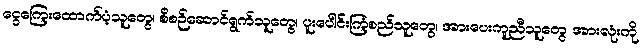
ငွေကြေးထောက်ပံ့သူတွေ၊ စီစဉ်ဆောင်ရွက်သူတွေ၊ ပူးပေါင်းကြံစည်သူတွေ၊ အားပေးကူညီသူတွေ အားလုံးကို